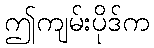
ဤကျမ်းပိုဒ်က